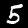
Label: 5